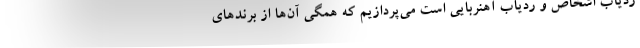
ردیاب اشخاص و ردیاب آهنربایی است می‌پردازیم که همگی آن‌ها از برندهای